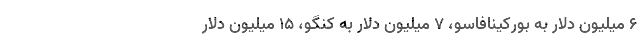
۶ میلیون دلار به بورکینافاسو، ۷ میلیون دلار به کنگو، ۱۵ میلیون دلار